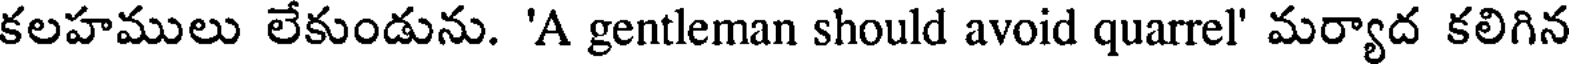
కలహములు లేకుండును. 'A gentleman should avoid quarrel' మర్యాద కలిగిన